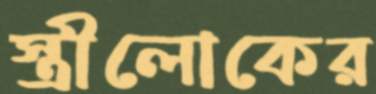
স্ত্রীলোকের